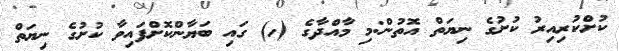
ކުށްކުރިއިރު ކުށުގެ ނިޔަތް އޮތުން:މި މާއްދާގެ (ހ) ގައި ބަޔާންކޮށްފައިވާ ކުށުގެ ނިޔަތް